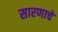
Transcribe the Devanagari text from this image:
सारणाचे